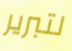
لتبرير